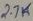
Text: 37K